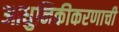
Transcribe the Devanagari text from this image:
आधुनिकीकरणाची